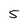
Character: 5